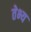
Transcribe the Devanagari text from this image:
तेभ्य